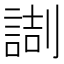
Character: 𠟸